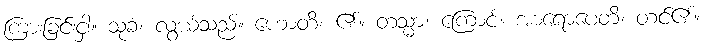
ကြားခြင်းငှါ။ သုခံ၊ လွယ်သည်။ ဟောတိ၊ ၏။ တသ္မာ၊ ကြောင့်။ အာရောပေတိ၊ တင်၏။